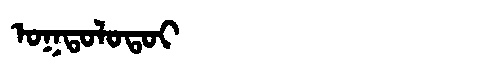
Manchu: ᠣᡴᡨᠣᠯᠣᡨᠣᡳ
Romanization: OKTOLOTOI